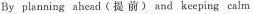
By planning ahcad(提前) and keeping calm